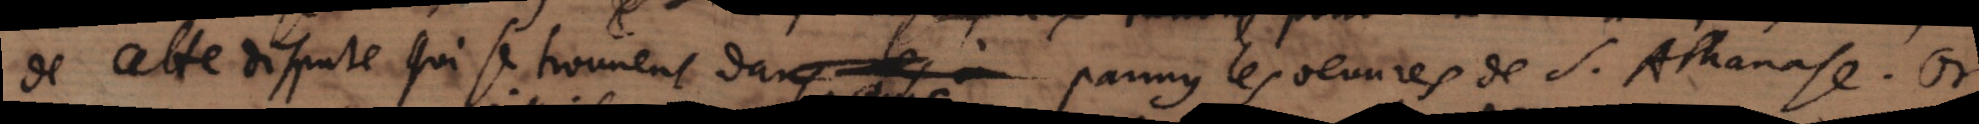
de cette dispute qui se trouvent dans les _ parmy les oeuvres de S. Athanase. Or